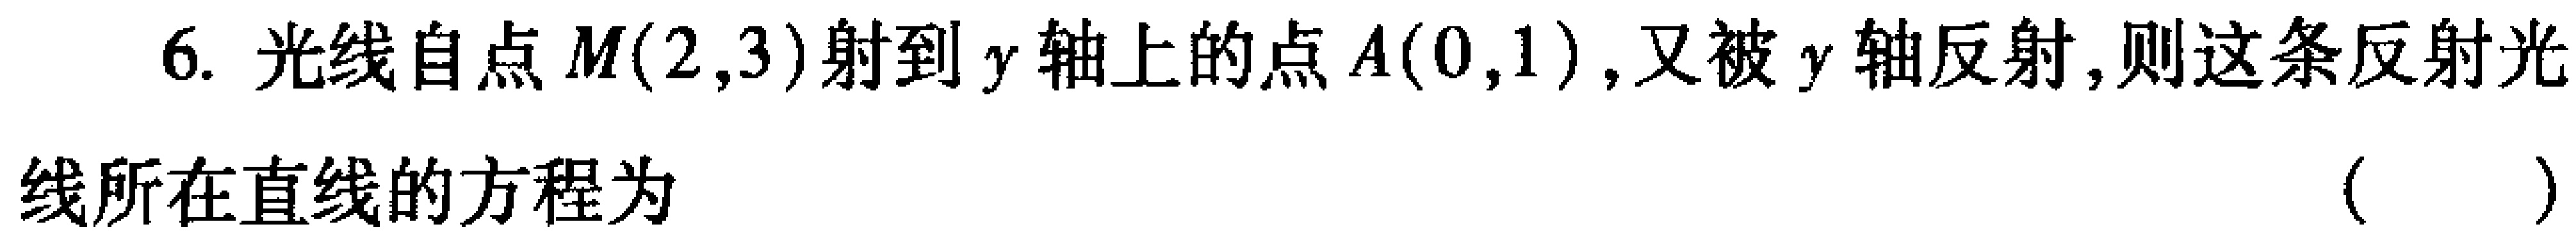
6. 光线自点\(M(2,3)\)射到\(y\)轴上的点\(A(0,1)\)，又被\(y\)轴反射，则这条反射光线所在直线的方程为 （  ）